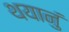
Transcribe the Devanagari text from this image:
थयानुं